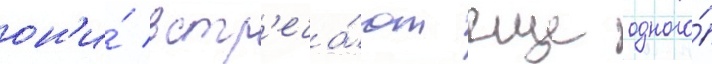
он'и́ встр'еча́ют еще одного́